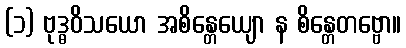
(၁) ဗုဒ္ဓဝိသယော အစိန္တေယျော န စိန္တေတဗ္ဗော။